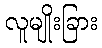
လူမျိုးခြား